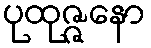
ပုထုဇ္ဇနော